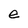
Character: e